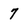
Character: 7